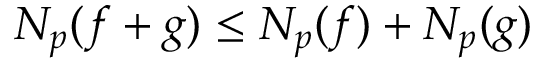
N _ { p } ( f + g ) \leq N _ { p } ( f ) + N _ { p } ( g )